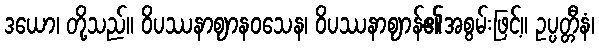
ဒယော၊ တို့သည်။ ဝိပဿနာဈာနဝသေန၊ ဝိပဿနာဈာန်၏အစွမ်းဖြင့်။ ဥပ္ပတ္တီနံ၊